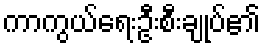
ကာကွယ်ရေးဦးစီးချုပ်၏